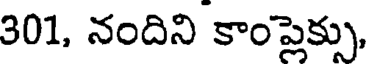
301, నందిని కాంపైక్సు,